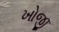
ખોજી